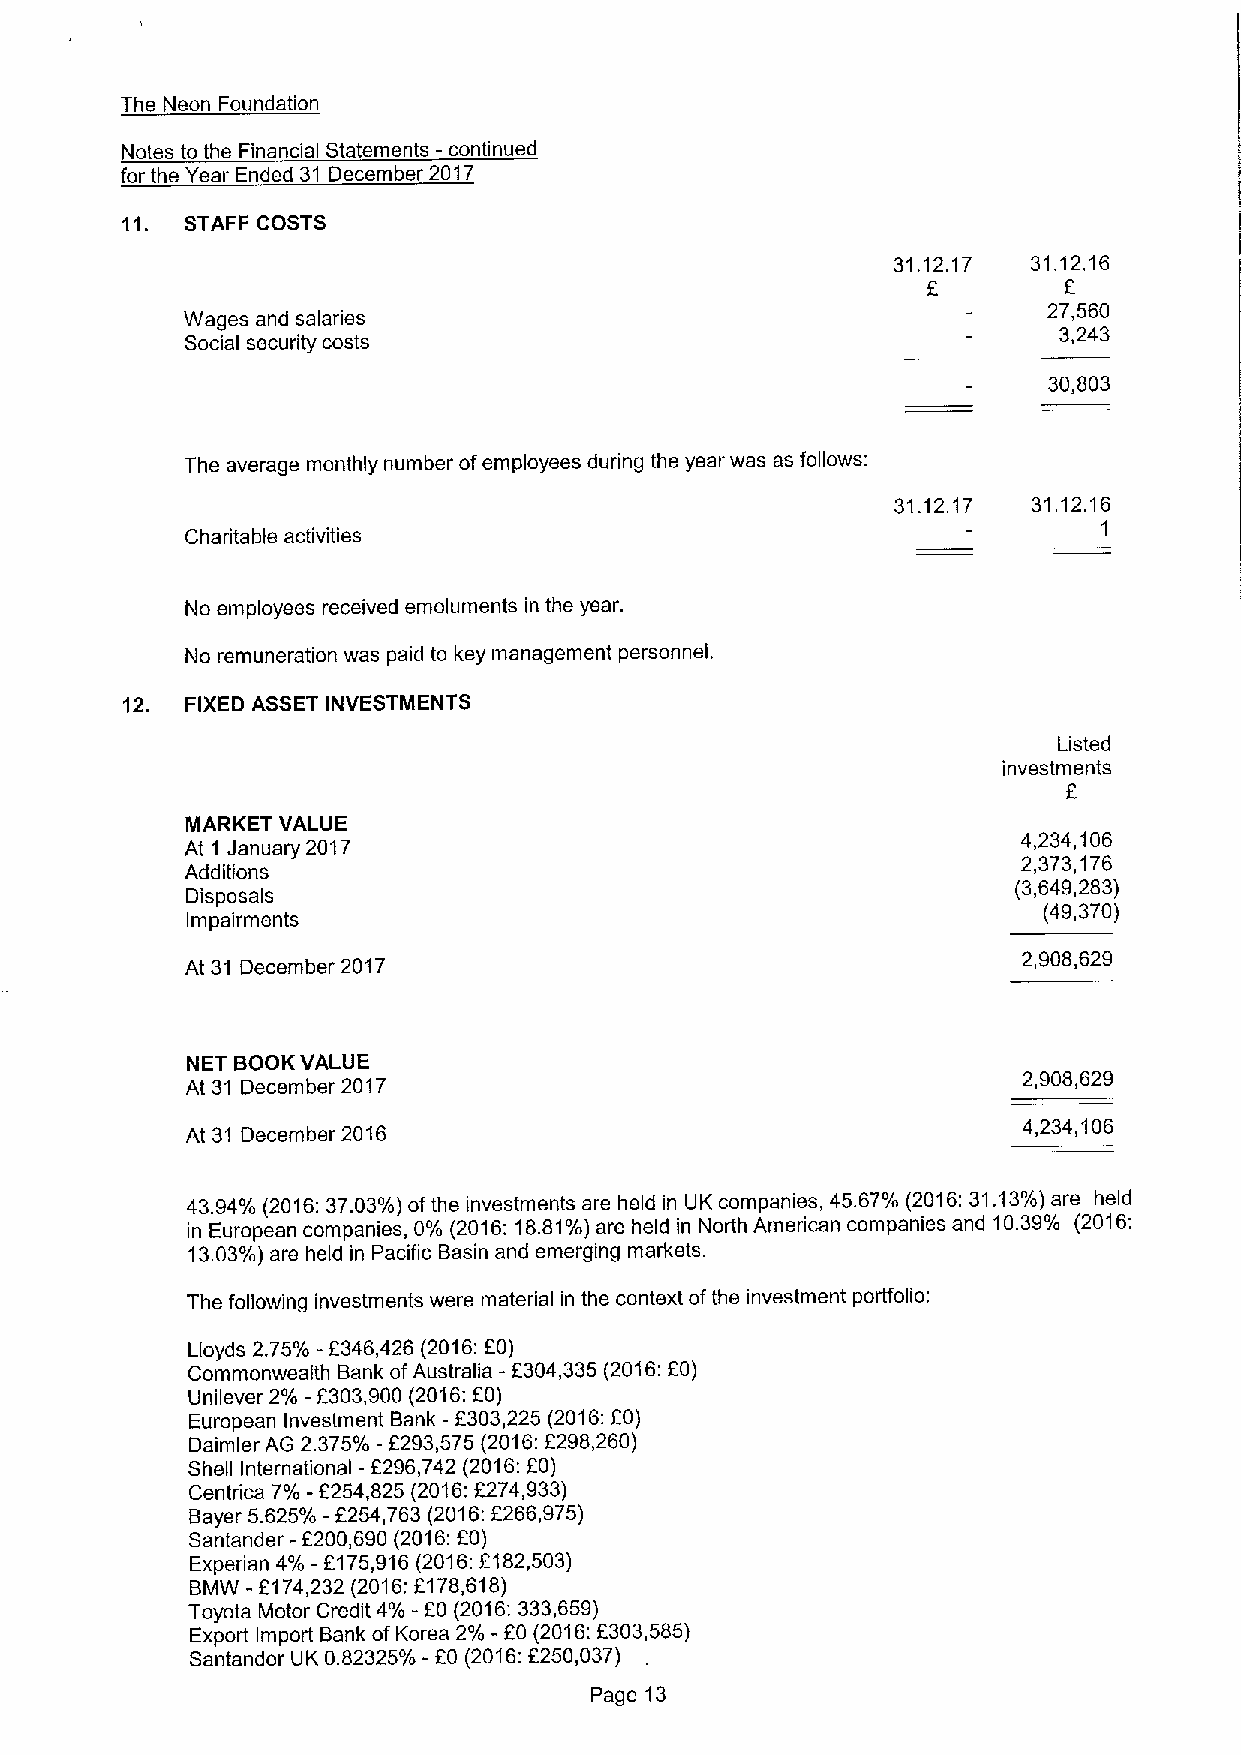
The Neon Foundation
 Notes to the Financial Statements -continued
 for the Year Ended 31 December 2017
 11. STAFF COSTS
 31.12.17 31.12.16
 f
 27,560
 Wages and salaries
 Social security costs
 3,243
 30,803
 The average monthly number ofemployees during the year was as follows:
 31.12.17 31.12.16
 Charitable activities                                        1
 No employees received emoluments in the year.
 No remuneration was paid to key management personnel.
 12. FIXED ASSET INVESTMENTS
 Listed
 investments
 MARKET VALUE
 At 1 January 2017
 4,234,106
 2,373,176
 Additions
 (3,649,283)
 Disposals
 (49,370)
 Impairments
 At 31 December 2017
 2,908,629
 NET BOOKVALUE
 At 31 December 2017
 2,908,629
 At 31 December 2016
 4,234,106
 43.94'/0 (2016:37. 03'%%d) ofthe investments are held in UK companies, 45.67'/o (2016:31.13'/0) are held
 in European companies, 0'/o (2016:18. 81'%%d) are held in North American companies and 10.39'/0 (2016:
 13. 03'%%d) are held in Pacific Basin and emerging markets.
 The following investments were material in the context ofthe investment porffolio:
 Lloyds 2.75'/0
 -f
 346,426 (2016:fO)
 Commonwealth Bank ofAustralia -f304,335(2016:fO)
 f
 Unilever 2'/0 -F303,900(2016: 0)
 European Investment Bank
 -f
 303,225
 (2016:f
 0)
 Daimler AG 2.375'/0 -f293,575 (2016:f298,260)
 Shell International -f296,742 (2016:fO)
 Centrica 7'/a -f254,825 (2016:f274,933)
 Bayer 5.625'/0 -f254,763(2016:f266,975)
 Santander -f200,690(2016:fO)
 Experian 4'/0
 -f175,916(2016:f182,503)
 BMW -f174,232 (2016;f178,618)
 Toyota Motor Credit 4'/0
 -f
 0 (2016:333,659)
 Export Import Bank ofKorea 2'/0 -fO (2016:f 303,585)
 Santander UK 0.82325'%%d -fO (2016:f250,037)
 Page 13